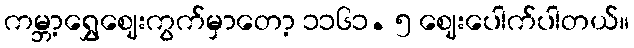
ကမ္ဘာ့ရွှေဈေးကွက်မှာတော့ ၁၁၆၁. ၅ ဈေးပေါက်ပါတယ်။